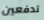
تدفعين